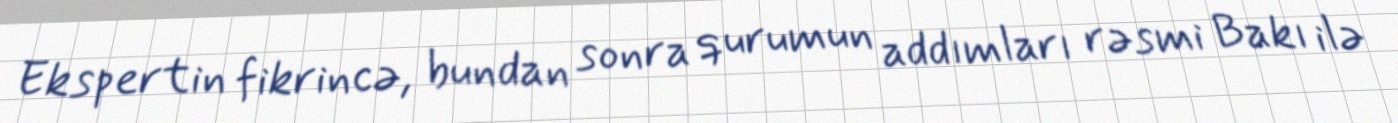
Ekspertin fikrincə, bundan sonra qurumun addımları rəsmi Bakı ilə